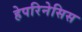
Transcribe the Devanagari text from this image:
हेपरिनेसिस